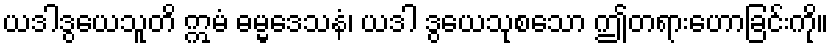
ယဒါဒွယေသူတိ ဣမံ ဓမ္မဒေသနံ၊ ယဒါ ဒွယေသုစသော ဤတရားဟောခြင်းကို။